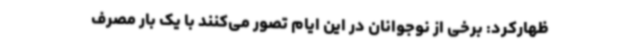
ظهارکرد: برخی از نوجوانان در این ایام تصور می‌کنند با یک بار مصرف